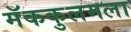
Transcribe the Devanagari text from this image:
मॅककुलमला